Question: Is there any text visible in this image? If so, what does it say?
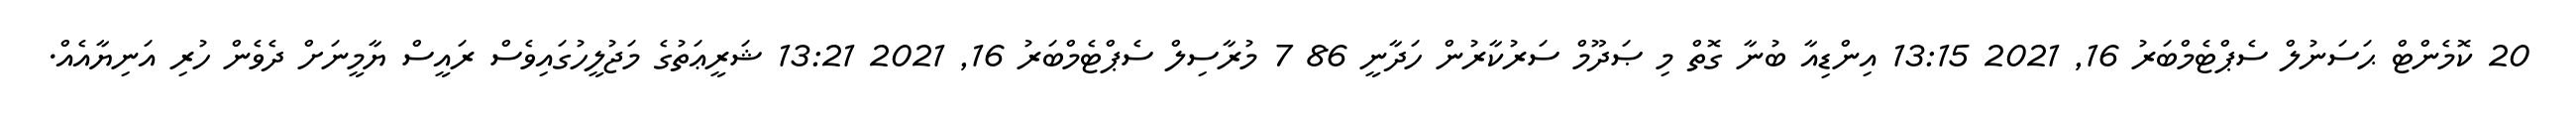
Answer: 20 ކޮމެންޓް ޙަސަނުލް ސެޕްޓެމްބަރު 16, 2021 13:15 އިންޑިއާ ބުނާ ގޮތް މި ޞަދޫމް ސަރުކާރުން ހަދާނީ 86 7 މުރާސިލް ސެޕްޓެމްބަރު 16, 2021 13:21 ޝަރީޢަތުގެ މަޖުލީހުގައިވެސް ރައީސް ޔާމީނަށް ދެވެން ހުރި އަނިޔާއެއް.